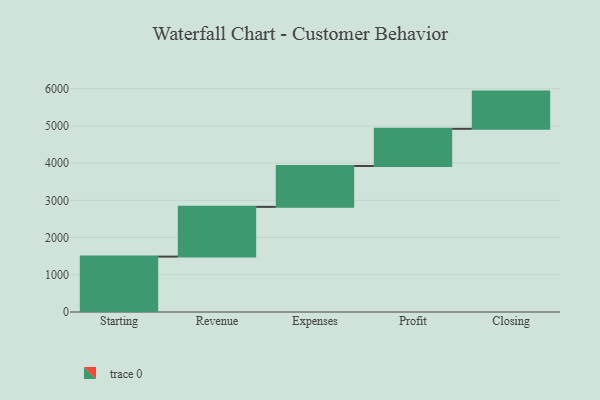
{"axis": {"x": "Step", "y": "Value"}, "legend": [""], "data": [{"x": "Starting", "y": 1489.0, "type": ""}, {"x": "Revenue", "y": 1337.0, "type": ""}, {"x": "Expenses", "y": 1098.0, "type": ""}, {"x": "Profit", "y": 1000, "type": ""}, {"x": "Closing", "y": 1000, "type": ""}]}